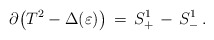
\begin{align*}\partial\!\left(T^2-\Delta(\varepsilon)\right) \,=\, S^1_+ \,-\, S^1_-\,.\end{align*}